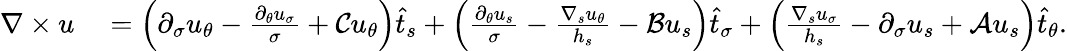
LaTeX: \begin{array}{rl}{\nabla\times u}&{{}=\left(\partial_{\sigma}u_{\theta}-\frac{\partial_{\theta}u_{\sigma}}{\sigma}+\mathcal{C}{u_{\theta}}\right)\widehat{t}_{s}+\left(\frac{\partial_{\theta}u_{s}}{\sigma}-\frac{\nabla_{s}u_{\theta}}{h_{s}}-\mathcal{B}u_{s}\right)\widehat{t}_{\sigma}+\left(\frac{\nabla_{s}u_{\sigma}}{h_{s}}-\partial_{\sigma}u_{s}+\mathcal{A}u_{s}\right)\widehat{t}_{\theta}.}\end{array}